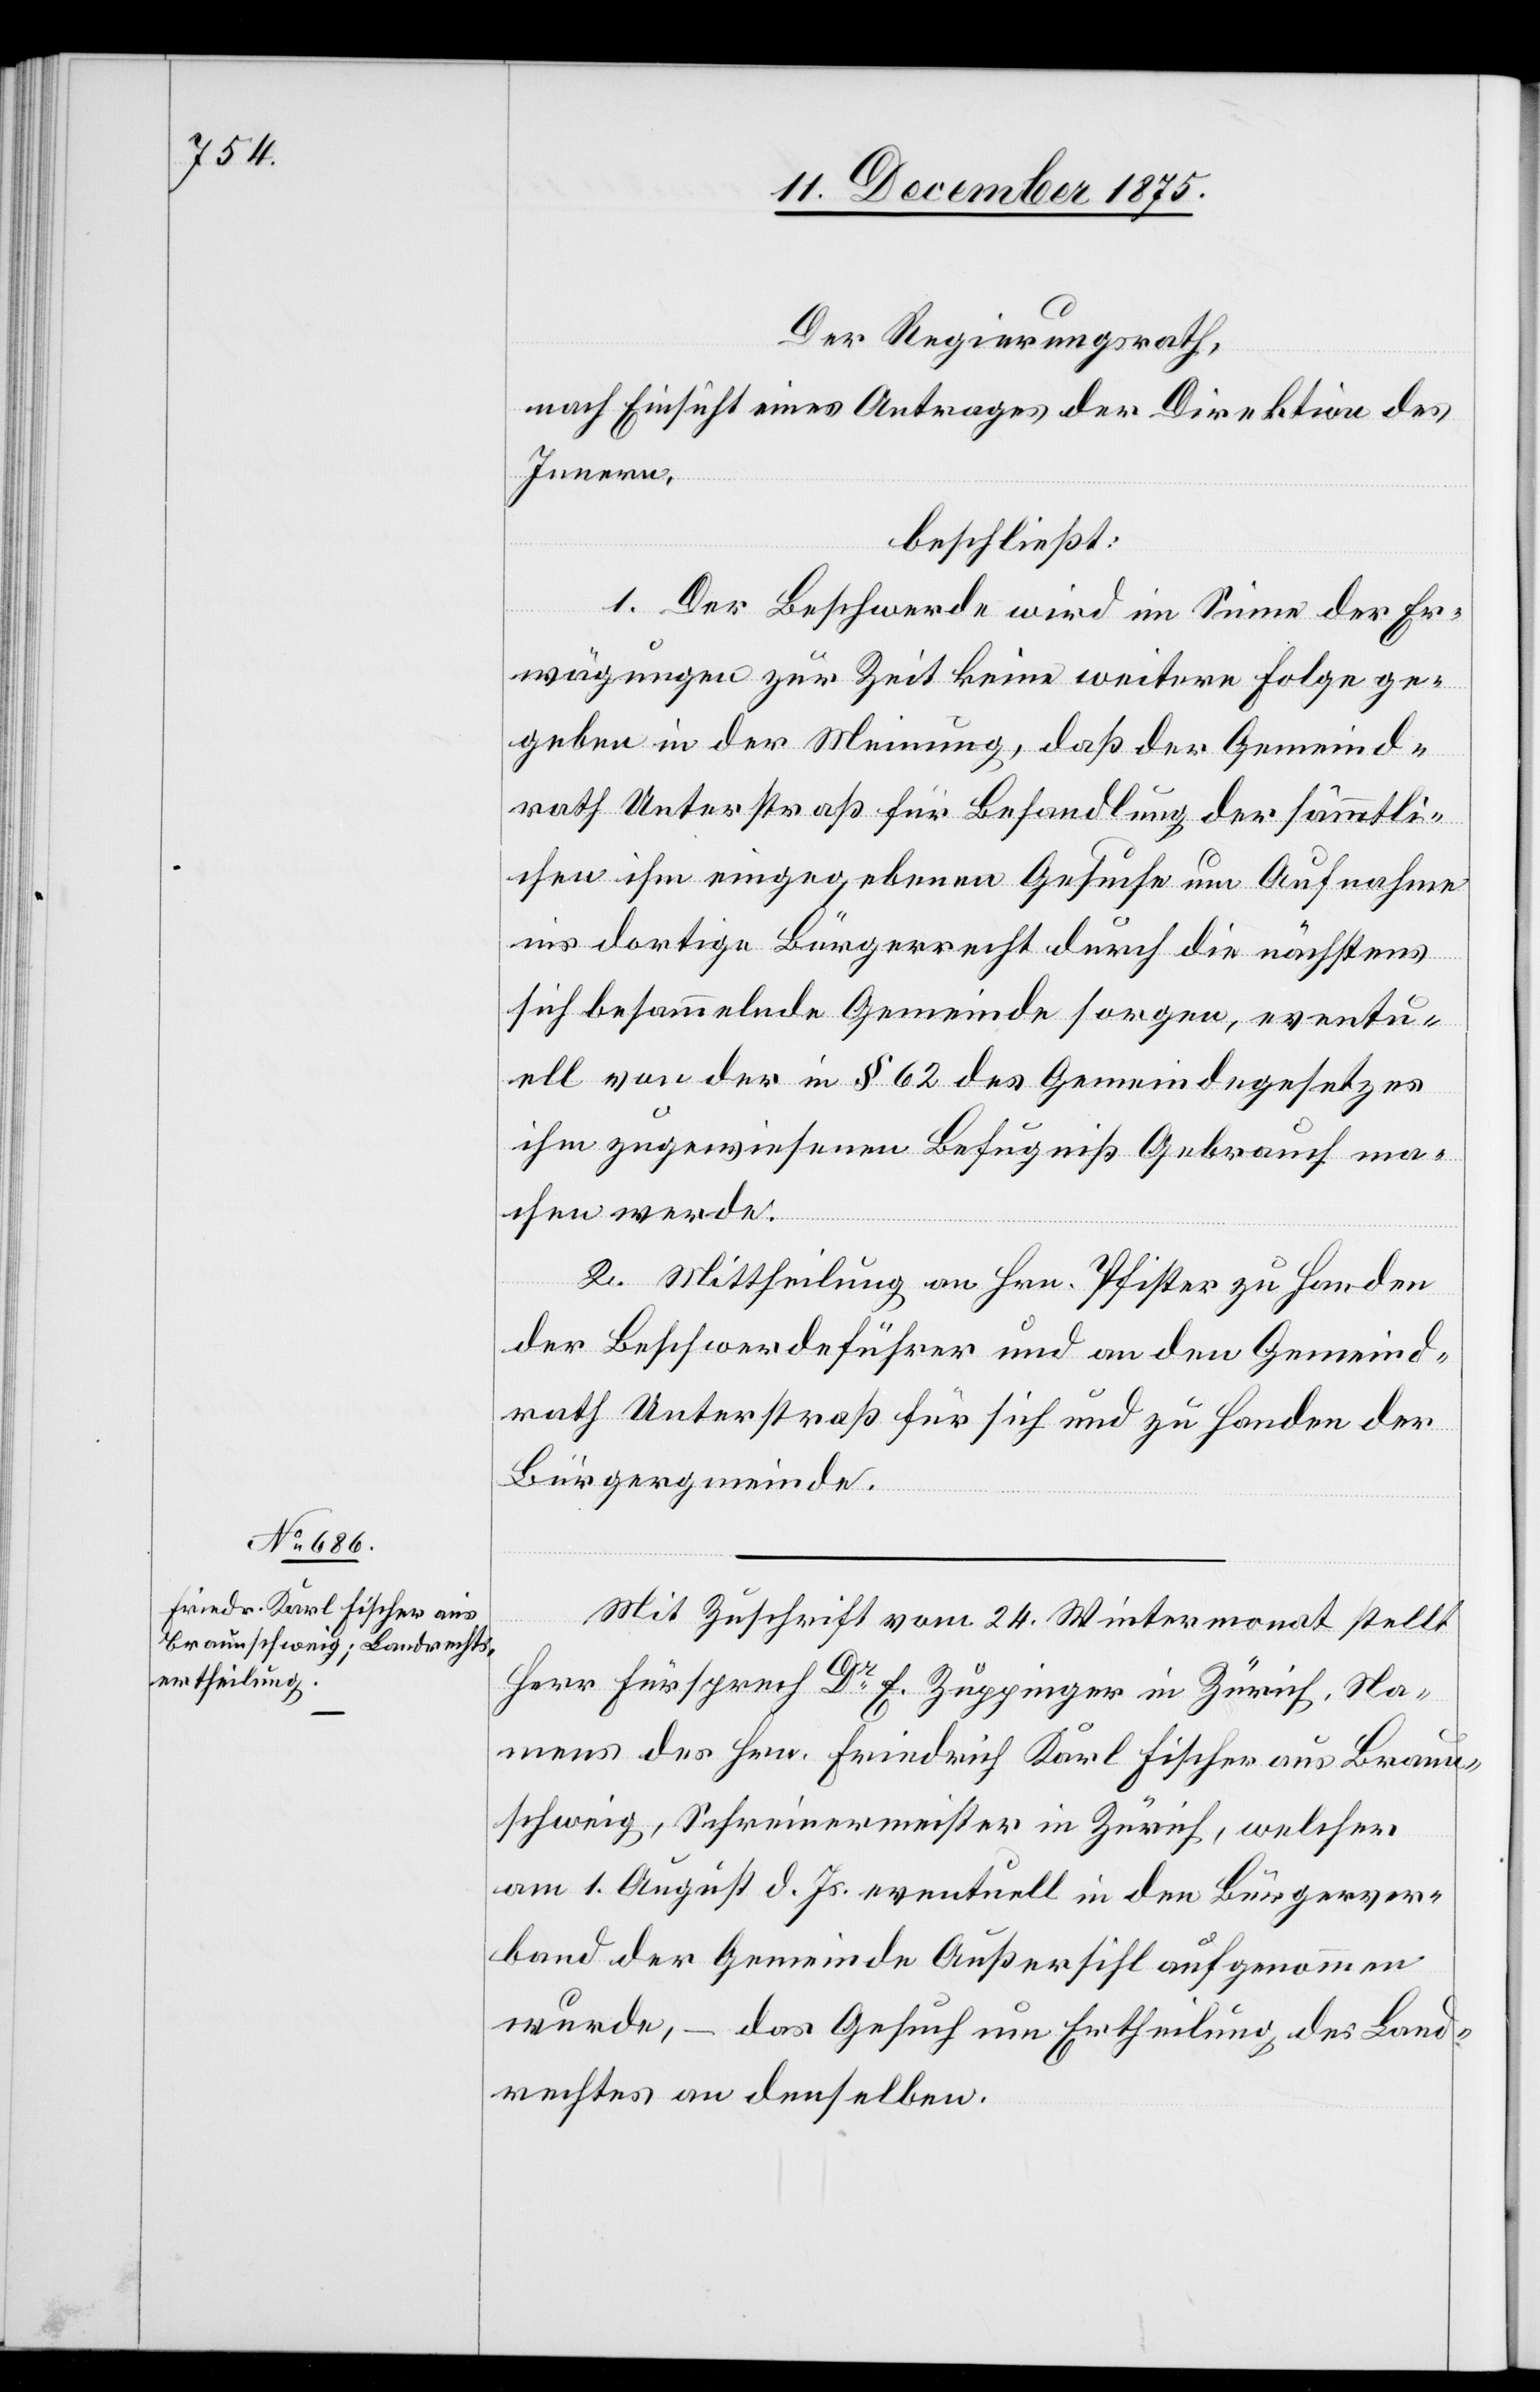
Der Regierungsrath,
nach Einsicht eines Antrages der Direktion des
Innern,
beschließt:
1. Der Beschwerde wird im Sinne der Er¬
wägungen zur Zeit keine weitere Folge ge¬
geben in der Meinung, daß der Gemeind¬
rath Unterstraß für Behandlung der sämmtli¬
chen ihm eingegebenen Gesuche um Aufnahme
ins dortige Bürgerrecht durch die nächstens
sich besammelnde Gemeinde sorgen, eventu¬
ell von der in § 62 des Gemeindegesetzes
ihm zugewiesenen Befugniß Gebrauch ma¬
chen werde.
2. Mittheilung an Hrn. Pfister zu Handen
der Beschwerdeführer und an den Gemeind¬
rath Unterstraß für sich und zu Handen der
Bürgerg[e]meinde.
Mit Zuschrift vom 24. Weinmonat stellt
Herr Fürsprech Dr E. Zuppinger in Zürich, Na¬
mens des Hrn. Friedrich Karl Fischer aus Braun¬
schweig, Schreinermeister in Zürich, welcher
am 1. August d. Js. eventuell in den Bürgerver¬
band der Gemeinde Außersihl aufgenommen
wurde, – das Gesuch um Ertheilung des Land¬
rechtes an denselben.